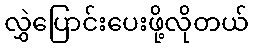
လွှဲပြောင်းပေးဖို့လိုတယ်